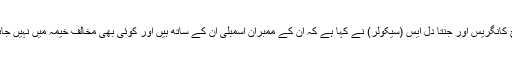
اسی بیچ کانگریس اور جنتا دل ایس (سیکولر) نے کہا ہے کہ ان کے ممبران اسمبلی ان کے ساتھ ہیں اور کوئی بھی مخالف خیمہ میں نہیں جائے گا ۔